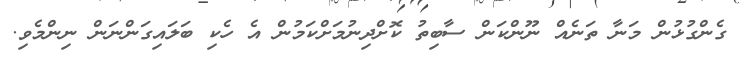
ގެންގުޅުން މަނާ ތަނެއް ނޫންކަން ސާބިތު ކޮށްދިނުމަށްކަމުން އެ ހެކި ބަލައިގަންނަން ނިންމެވި.